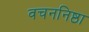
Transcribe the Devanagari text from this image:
वचननिष्ठा